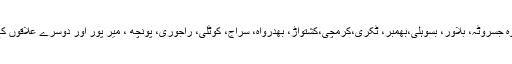
سکھ دربار کو خوش کرنے کے لئے میاں ڈیڈو کے علاوہ جسروٹہ، بلاور، بسوہلی،بھمبر، ٹکری،کرمچی،کشتواڑ، بھدرواہ، سراج، کوٹلی، راجوری، پونچھ ، میر پور اور دوسرے علاقوں کے راجگان کے سرقلم کیے گئے یا انہیں ملک بدرکیا گیا۔